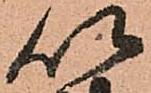
以